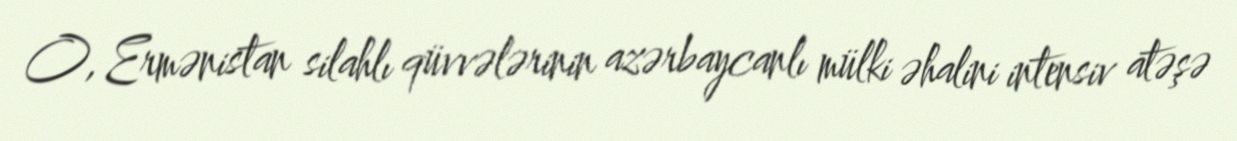
O, Ermənistan silahlı qüvvələrinin azərbaycanlı mülki əhalini intensiv atəşə